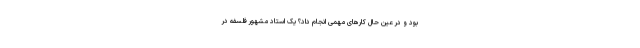
بود و در عین ‌حال کارهای مهمی انجام داد؟ یک استاد مشهور فلسفه در